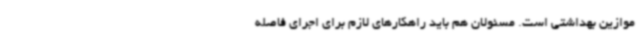
موازین بهداشتی است. مسئولان هم باید راهکارهای لازم برای اجرای فاصله